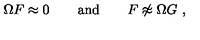
\Omega F \approx 0 \qquad \mathrm { a n d } \qquad F \not \approx \Omega G \ ,